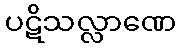
ပဋိသလ္လာဏေ